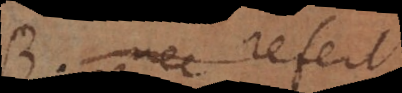
B. Nec refert